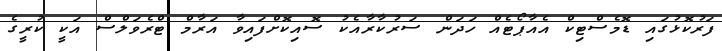
ފަރުކޮޅުގައި ޑޮމެސްޓިކް އެއާޕޯޓެއް ހަދަން ސަރުކާރާއެކު ސޮއިކޮށްފައިވާ އަރާމް ޓްރެވަލްސް އަކީ ކުރީގެ